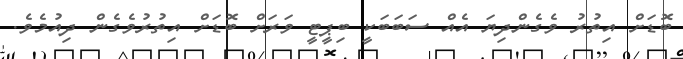
ބޮޑަށް އިތުރު ވެގެންދިޔަ އެއް ސަބަބަކީ ބިޕީޓީ ވަރަށް ބޮޑަށް އިތުރުވެގެން ދިއުމެވެ.